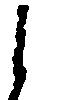
う